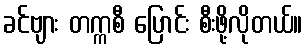
ခင်ဗျား တက္ကစီ ပြောင်း စီးဖို့လိုတယ်။